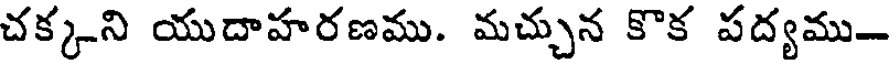
చక్కని యుదాహరణము. మచ్చున కొక పద్యము-